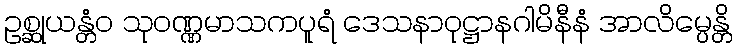
ဥစ္ဆုယန္တံဝ သုဝဏ္ဏမာသကပူရံ ဒေသနာဝုဋ္ဌာနဂါမိနီနံ အာလိမ္ပေန္တိ